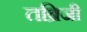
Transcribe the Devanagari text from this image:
तब्रिजी